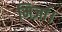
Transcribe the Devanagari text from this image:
मिर्ज़ा।